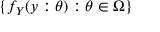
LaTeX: \{ f _ { Y } ( y : \theta ) : \theta \in \Omega \}